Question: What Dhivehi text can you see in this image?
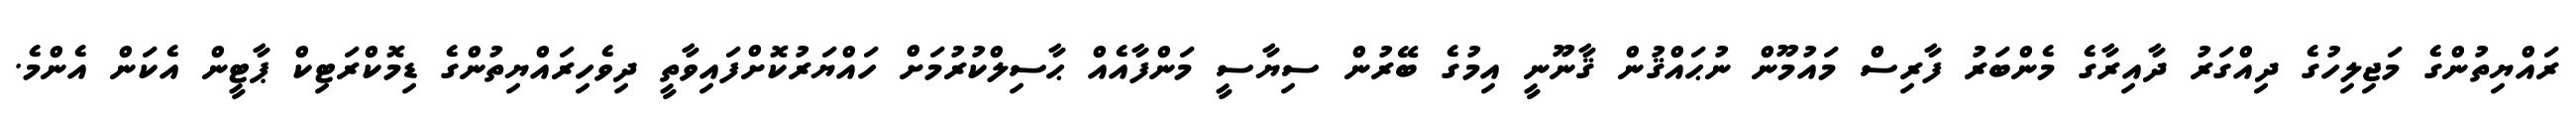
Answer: ރައްޔިތުންގެ މަޖިލިހުގެ ދިއްގަރު ދާއިރާގެ މެންބަރު ފާރިސް މައުމޫން ނުޙައްޤުން ޤާނޫނީ އިމުގެ ބޭރުން ސިޔާސީ މަންފާއެއް ޙާސިލްކުރުމަށް ހައްޔަރުކޮށްފައިވާތީ ދިވެހިރައްޔިތުންގެ ޑިމޮކްރަޓިކް ޕާޓީން އެކަން އެންމެ.